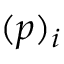
( { \boldsymbol { p } } ) _ { i }